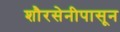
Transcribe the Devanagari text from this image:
शौरसेनीपासून